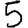
Digit: 5